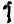
1